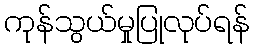
ကုန်သွယ်မှုပြုလုပ်ရန်